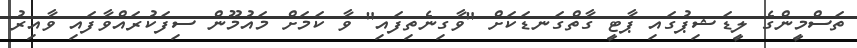
ތަސްމީންގެ ލީޑަޝިޕުގައި ޕާޓީ ގާތްގަނޑަކަށް "ވާގިނެތިފައި" ވާ ކަމަށް މައުމޫން ސިފަކުރައްވާފައި ވާއިރު